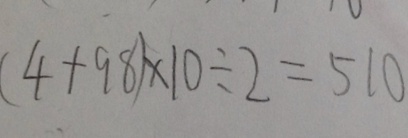
( 4 + 9 8 ) \times 1 0 \div 2 = 5 1 0